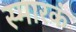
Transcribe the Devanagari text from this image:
स्मारकं